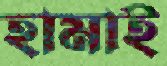
হামাই